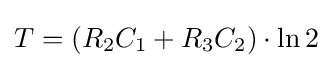
T=(R_{2}C_{1}+R_{3}C_{2})\cdot \ln {2}